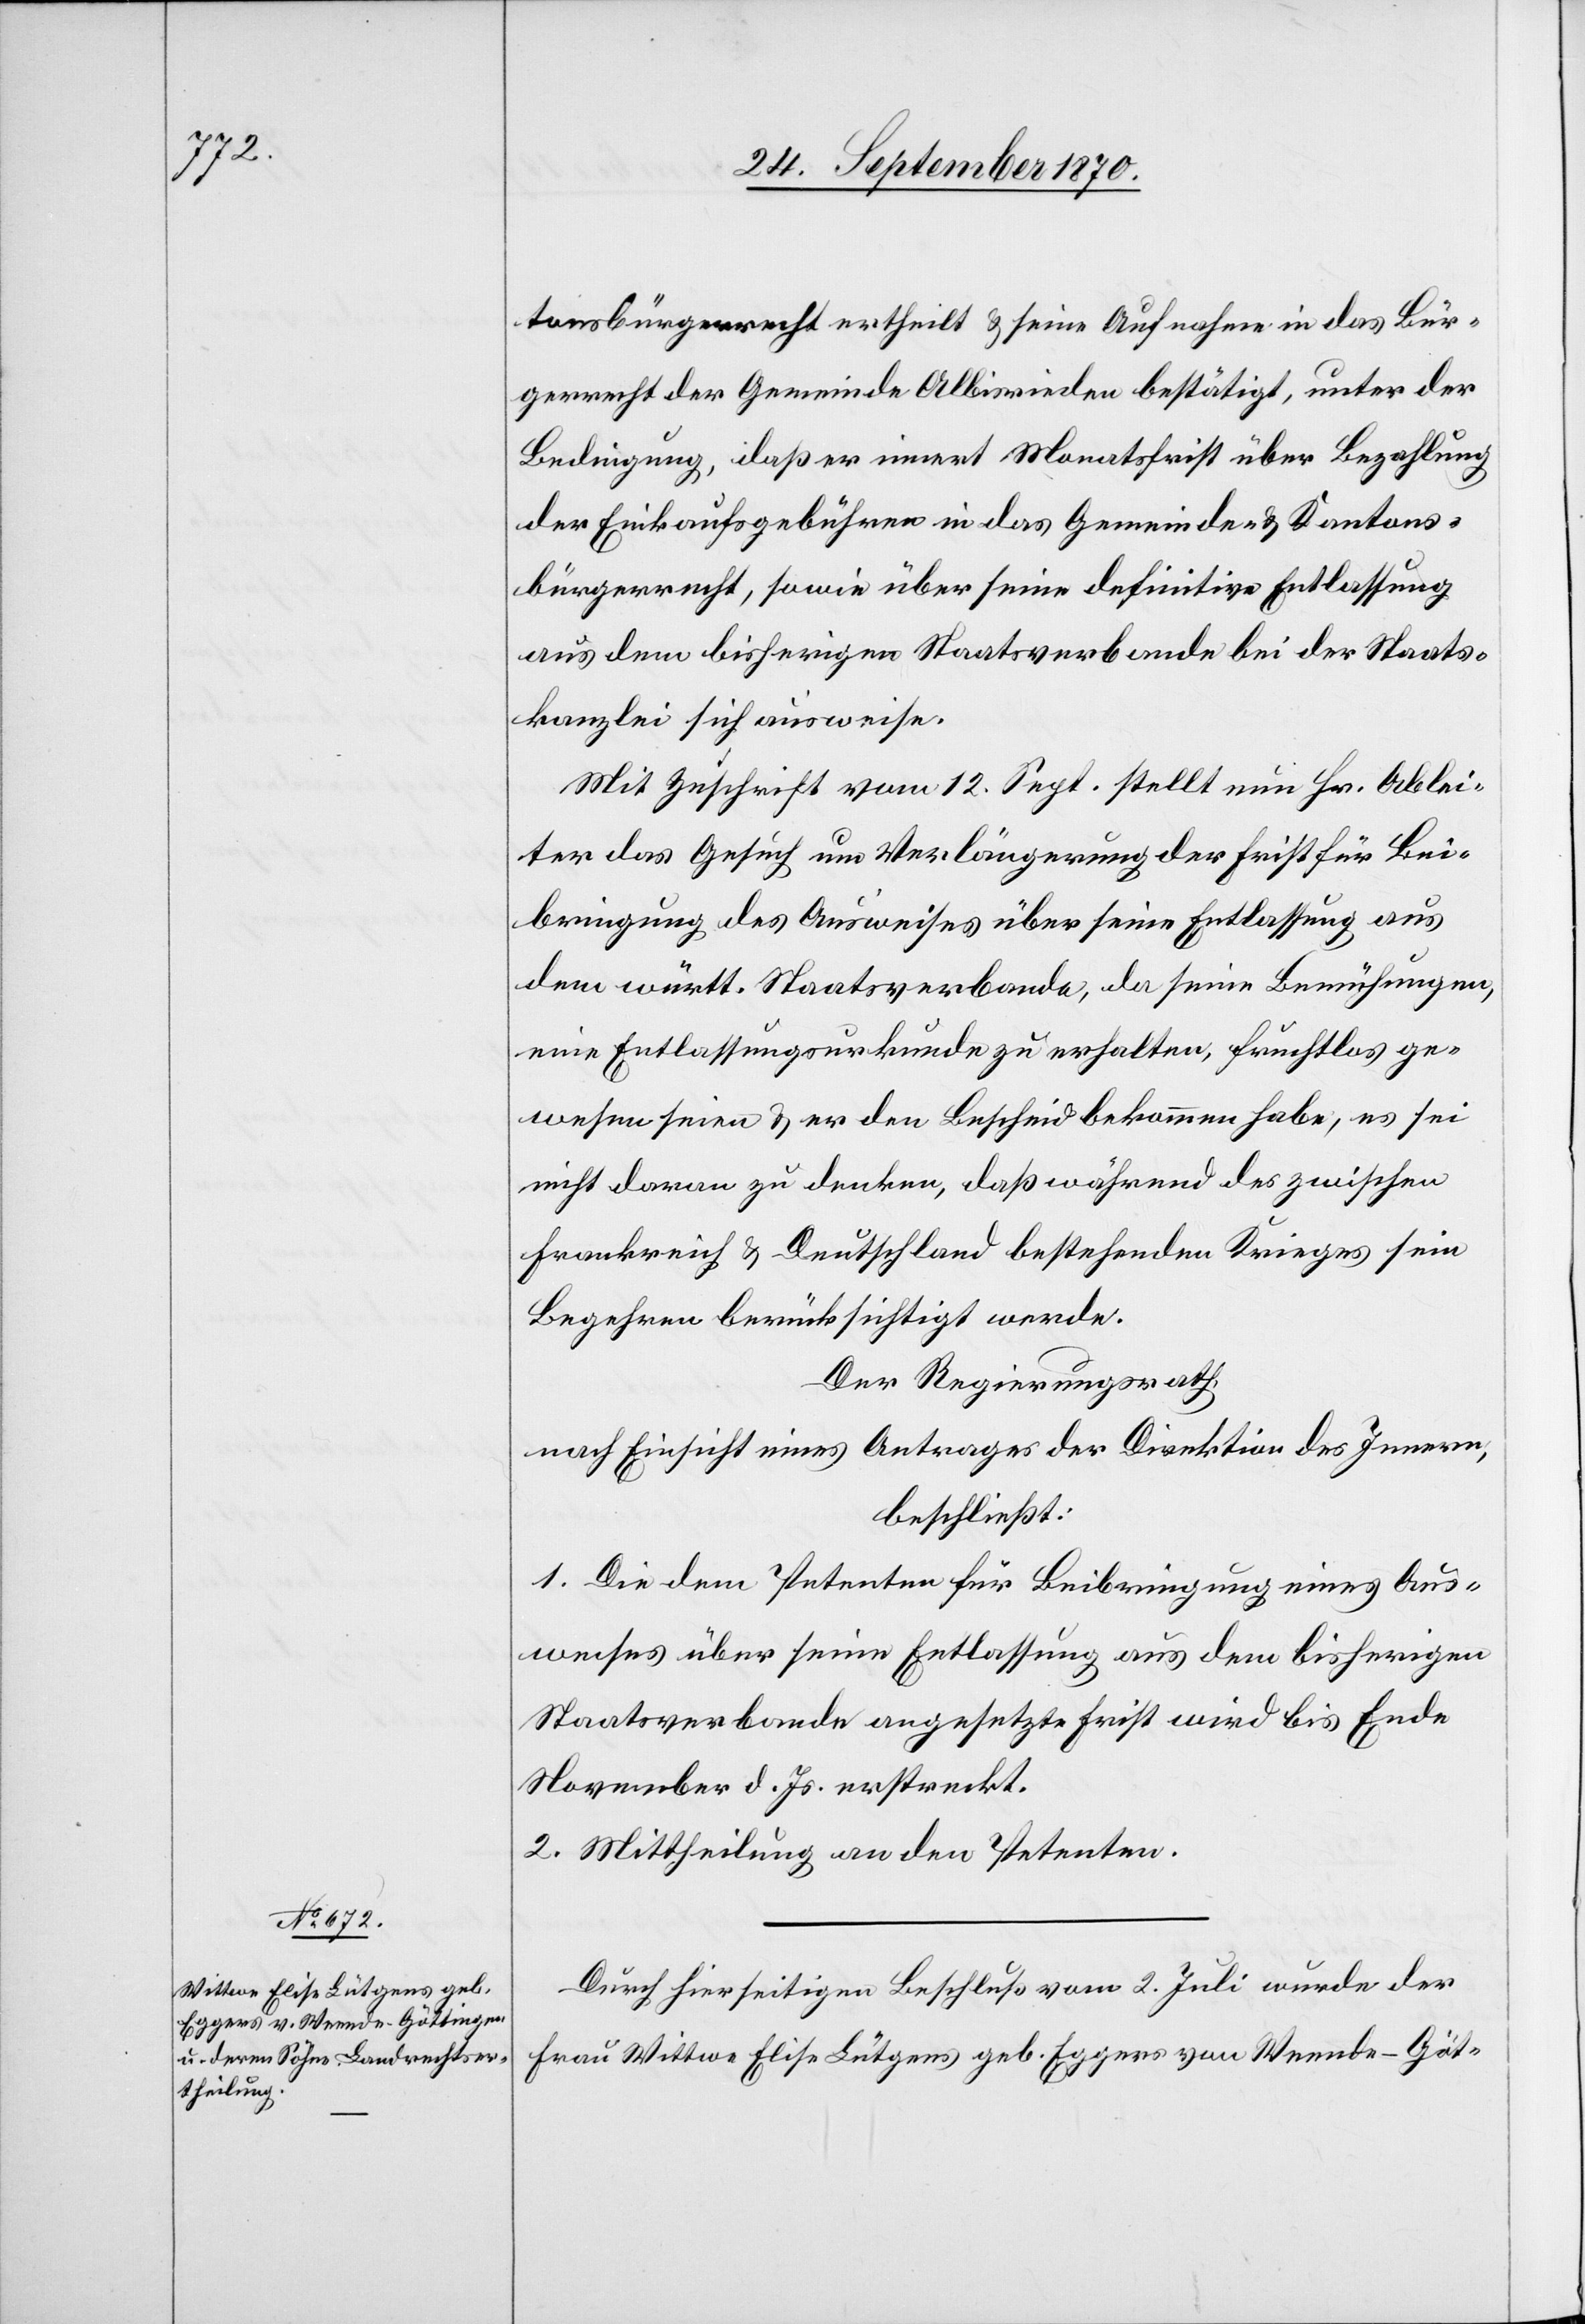
tonsbürgerrecht ertheilt & seine Aufnahme in das Bür¬
gerrecht der Gemeinde Albisrieden bestätigt, unter der
Bedingung, daß er innert Monatsfrist über Bezahlung
der Einkaufsgebühren in das Gemeinde- & Kantons¬
bürgerrecht, sowie über seine definitive Entlassung
aus dem bisherigen Staatsverbande bei der Staats¬
kanzlei sich ausweise.
Mit Zuschrift vom 12. Sept. stellt nun Hr. Ablei¬
ter das Gesuch um Verlängerung der Frist für Bei¬
bringung des Ausweises über seine Entlassung aus
dem württ. Staatsverbande, da seine Bemühungen,
eine Entlassungsurkunde zu erhalten, fruchtlos ge¬
wesen seien & er den Bescheid bekommen habe, es sei
nicht daran zu denken, daß während des zwischen
Frankreich & Deutschland bestehenden Krieges sein
Begehren berücksichtigt werde.
Der Regierungsrath,
nach Einsicht eines Antrages der Direktion des Innern,
beschließt:
1. Die dem Petenten für Beibringung eines Aus¬
weises über seine Entlassung aus dem bisherigen
Staatsverbande angesetzte Frist wird bis Ende
November d. Js. erstreckt.
2. Mittheilung an den Petenten.
Durch hierseitigen Beschluß vom 3. Juli wurde der
Frau Wittwe Elise Lütgens geb. Eggers von Weende - Göt-